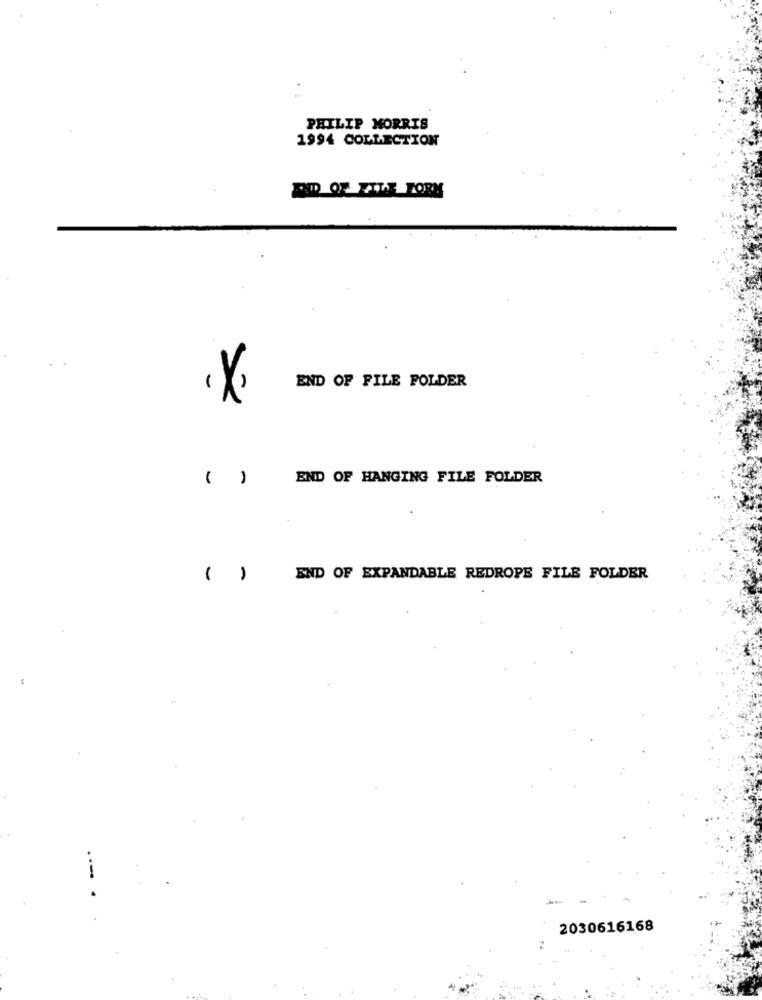
:
PHILIP MORRIS
1994 COLLECTION
DD OF FILE TORN
END OF FILE FOLDER
()
END OF HANGING FILE FOLDER
( )
END OF EXPANDABLE REDROPE FILE FOLDER
---
2030616168